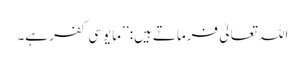
اللہ تعالیٰ فرماتے ہیں: ’’مایوسی کفر ہے۔